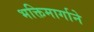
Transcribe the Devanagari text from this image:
भक्तिमार्गाने